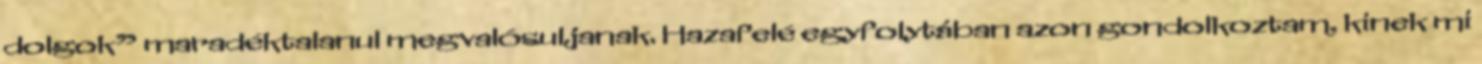
dolgok” maradéktalanul megvalósulja­nak. Hazafelé egyfolytában azon gondolkoztam, kinek mi